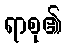
ရာစု၏